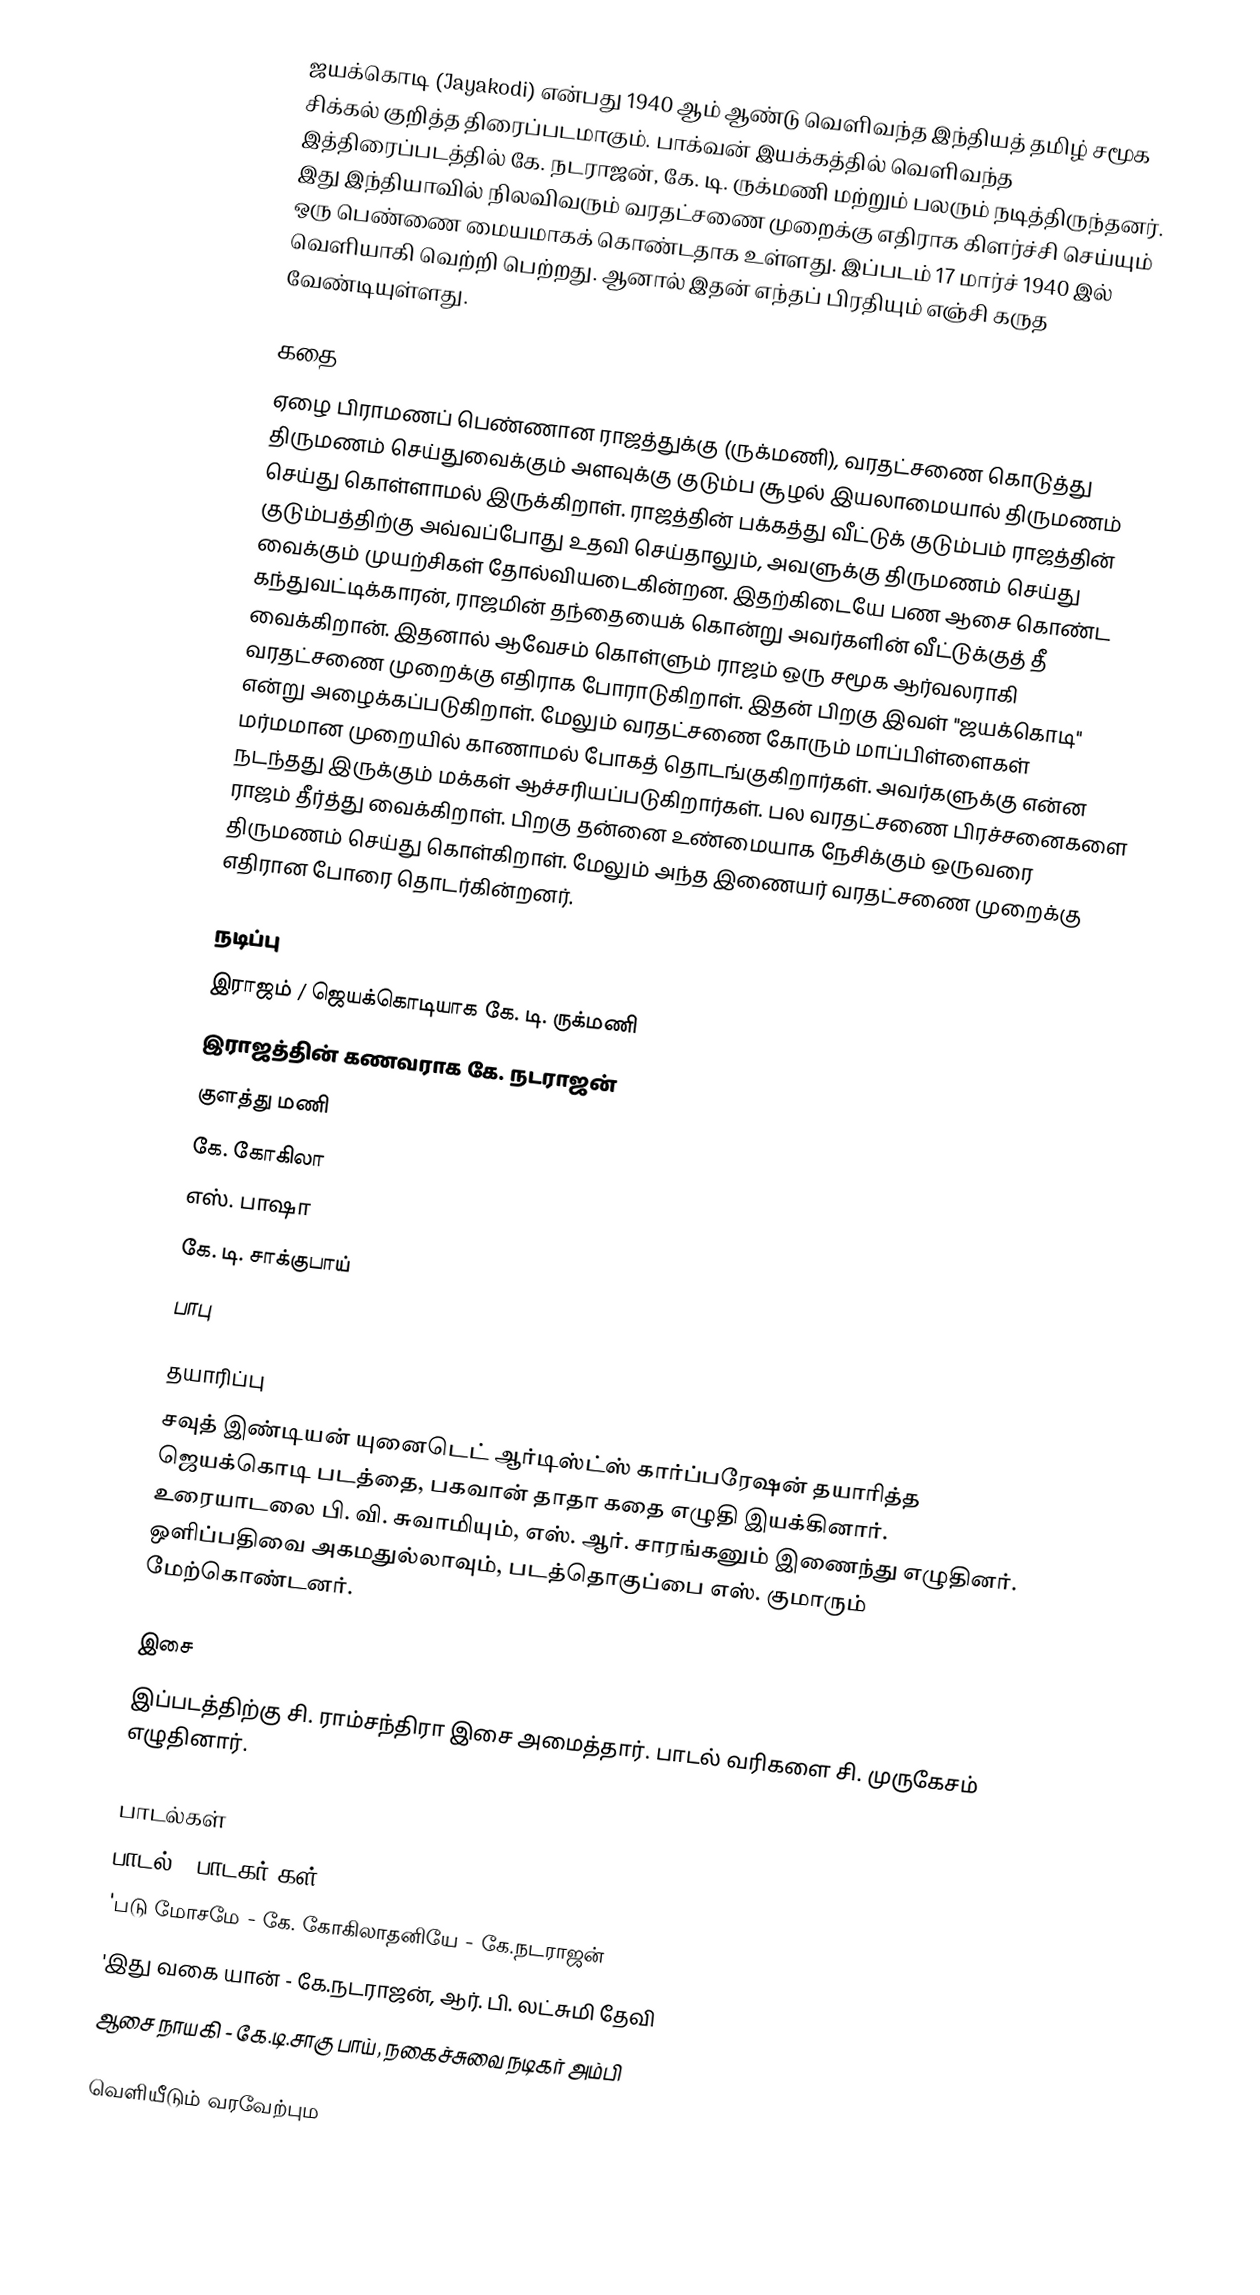
ஜயக்கொடி (Jayakodi) என்பது 1940 ஆம் ஆண்டு வெளிவந்த  இந்தியத் தமிழ் சமூக சிக்கல் குறித்த திரைப்படமாகும். பாக்வன் இயக்கத்தில் வெளிவந்த இத்திரைப்படத்தில் கே. நடராஜன், கே. டி. ருக்மணி மற்றும் பலரும் நடித்திருந்தனர். இது இந்தியாவில் நிலவிவரும் வரதட்சணை முறைக்கு எதிராக கிளர்ச்சி செய்யும் ஒரு பெண்ணை மையமாகக் கொண்டதாக உள்ளது. இப்படம் 17 மார்ச் 1940 இல் வெளியாகி வெற்றி பெற்றது. ஆனால் இதன் எந்தப் பிரதியும் எஞ்சி கருத வேண்டியுள்ளது.

கதை
ஏழை பிராமணப் பெண்ணான ராஜத்துக்கு (ருக்மணி), வரதட்சணை கொடுத்து திருமணம் செய்துவைக்கும் அளவுக்கு குடும்ப சூழல்  இயலாமையால் திருமணம் செய்து கொள்ளாமல் இருக்கிறாள். ராஜத்தின் பக்கத்து வீட்டுக் குடும்பம் ராஜத்தின் குடும்பத்திற்கு அவ்வப்போது உதவி செய்தாலும், அவளுக்கு திருமணம் செய்து வைக்கும் முயற்சிகள் தோல்வியடைகின்றன. இதற்கிடையே பண ஆசை கொண்ட கந்துவட்டிக்காரன், ராஜமின் தந்தையைக் கொன்று அவர்களின் வீட்டுக்குத் தீ வைக்கிறான். இதனால் ஆவேசம் கொள்ளும் ராஜம் ஒரு சமூக ஆர்வலராகி வரதட்சணை முறைக்கு எதிராக போராடுகிறாள். இதன் பிறகு இவள் "ஜயக்கொடி" என்று அழைக்கப்படுகிறாள். மேலும் வரதட்சணை கோரும் மாப்பிள்ளைகள் மர்மமான முறையில் காணாமல்  போகத் தொடங்குகிறார்கள். அவர்களுக்கு என்ன நடந்தது இருக்கும் மக்கள் ஆச்சரியப்படுகிறார்கள். பல வரதட்சணை பிரச்சனைகளை ராஜம் தீர்த்து வைக்கிறாள். பிறகு தன்னை உண்மையாக நேசிக்கும் ஒருவரை திருமணம் செய்து கொள்கிறாள். மேலும் அந்த இணையர் வரதட்சணை முறைக்கு எதிரான போரை தொடர்கின்றனர்.

நடிப்பு
இராஜம் / ஜெயக்கொடியாக கே. டி. ருக்மணி
இராஜத்தின் கணவராக கே. நடராஜன்
குளத்து மணி
கே. கோகிலா
எஸ். பாஷா
கே. டி. சாக்குபாய்
பாபு

தயாரிப்பு
சவுத் இண்டியன் யுனைடெட் ஆர்டிஸ்ட்ஸ் கார்ப்பரேஷன் தயாரித்த ஜெயக்கொடி படத்தை, பகவான் தாதா கதை எழுதி இயக்கினார். உரையாடலை பி. வி. சுவாமியும், எஸ். ஆர். சாரங்கனும் இணைந்து எழுதினர். ஒளிப்பதிவை அகமதுல்லாவும், படத்தொகுப்பை எஸ். குமாரும் மேற்கொண்டனர்.

இசை
இப்படத்திற்கு சி. ராம்சந்திரா இசை அமைத்தார். பாடல் வரிகளை சி. முருகேசம் எழுதினார்.

பாடல்கள்
பாடல் - பாடகர்/கள்
'படு மோசமே - கே. கோகிலாதனியே - கே.நடராஜன்
'இது வகை யான் - கே.நடராஜன், ஆர். பி. லட்சுமி தேவி
ஆசை நாயகி - கே.டி.சாகு பாய், நகைச்சுவை நடிகர் அம்பி

வெளியீடும் வரவேற்பும